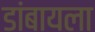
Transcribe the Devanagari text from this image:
डांबायला